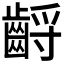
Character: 𪘤